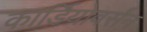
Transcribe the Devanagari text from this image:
कार्डियोवर्सन